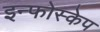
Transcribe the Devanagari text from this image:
इन्फोस्केप